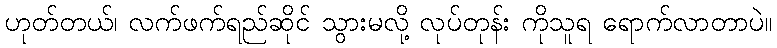
ဟုတ်တယ်၊ လက်ဖက်ရည်ဆိုင် သွားမလို့ လုပ်တုန်း ကိုသူရ ရောက်လာတာပဲ။